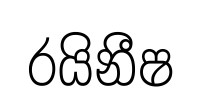
රයිනීෂ